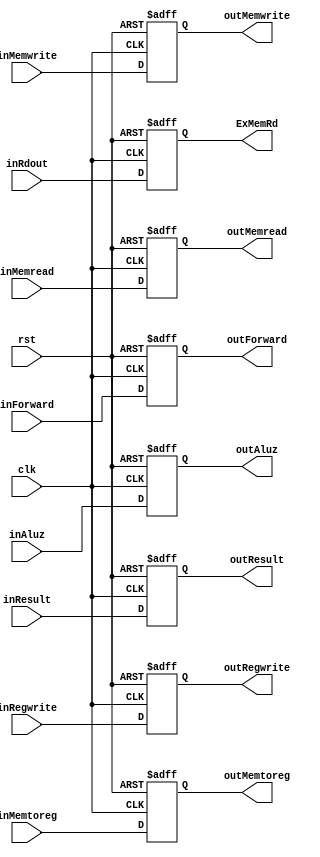
`timescale 1ns/1ns

module EX_MEM (input clk,rst,inRegwrite,inMemtoreg,inMemwrite,inMemread,inAluz,
            input [31:0] inResult,inForward,
            input [4:0] inRdout,
            output reg outRegwrite,outMemtoreg,outMemwrite,outMemread,outAluz,
            output reg [31:0] outResult,outForward,
            output reg [4:0] ExMemRd);
    always@(posedge clk, posedge rst) begin
        if(rst) begin
            {outRegwrite,outMemtoreg,outMemwrite,outMemread, outAluz} <= 5'b0;
            outResult <= 32'b0; ExMemRd <= 5'b0; outForward <= 32'b0;
        end
        else begin
            outRegwrite <= inRegwrite;
            outMemtoreg <= inMemtoreg;
            outMemwrite <= inMemwrite;
            outMemread <= inMemread;
            outAluz <= inAluz;
            outResult <= inResult; 
            ExMemRd <= inRdout; 
            outForward <= inForward;
        end
    end
endmodule